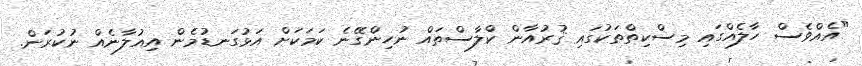
"އެއްވެސް ހާލެއްގައި މިސްކިތްތަކުގައި ޤުރުއާން ކްލާސްތައް ނުހިންގޭނެ ކަމަކަށް އަޅުގަނޑުމެން އިއުލާނެއް ނުކުރަން.